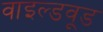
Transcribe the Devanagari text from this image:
वाइल्डवूड